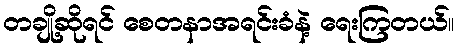
တချို့ဆိုရင် စေတနာအရင်းခံနဲ့ ရေးကြတယ်။